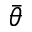
\bar { \theta }